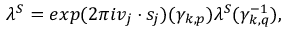
\lambda ^ { S } = e x p ( 2 \pi i v _ { j } \cdot s _ { j } ) ( { \gamma } _ { k , p } ) \lambda ^ { S } ( { \gamma } _ { k , q } ^ { - 1 } ) ,